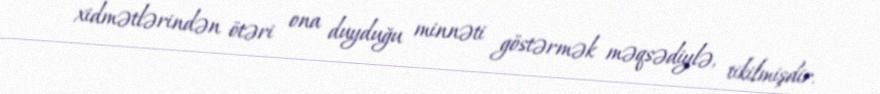
xidmətlərindən ötəri ona duyduğu minnəti göstərmək məqsədiylə, tikilmişdir.